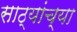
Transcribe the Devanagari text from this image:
साठ्यांच्या